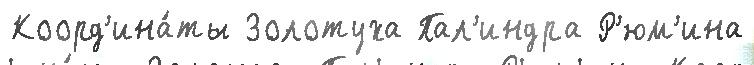
Коорд'ина́ты Золотуха Пал'индра Р'юм'ина